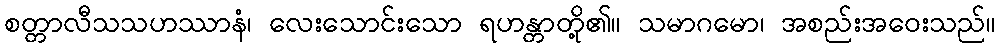
စတ္တာလီသသဟဿာနံ၊ လေးသောင်းသော ရဟန္တာတို့၏။ သမာဂမော၊ အစည်းအဝေးသည်။